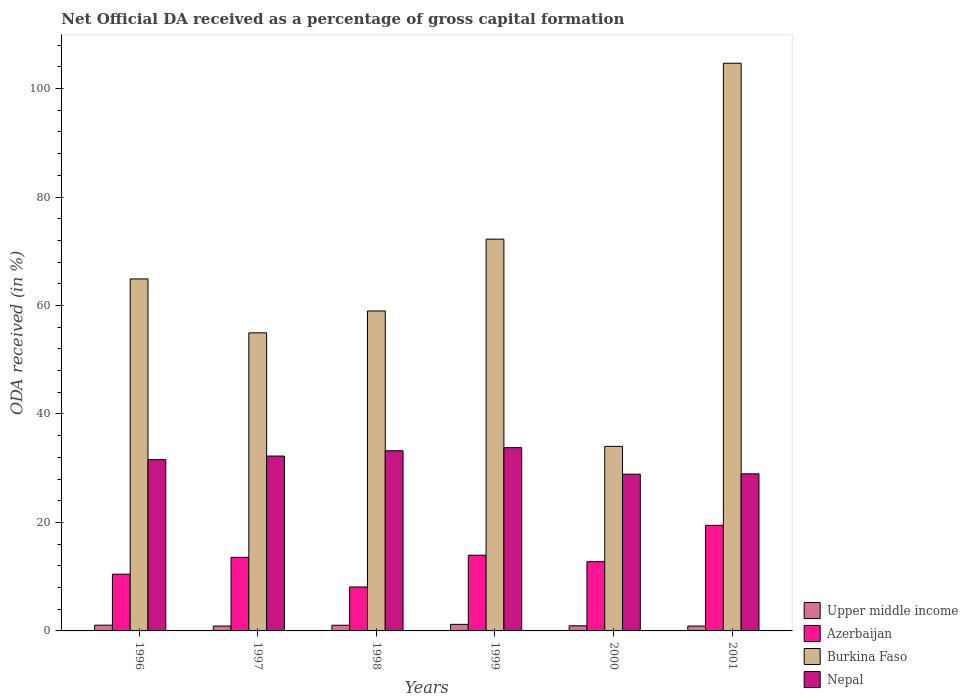
| Years | Upper middle income | Azerbaijan | Burkina Faso | Nepal |
 | --- | --- | --- | --- | --- |
 | 1996 | 1.06 | 10.5 | 64.9 | 31.6 |
 | 1997 | 0.899 | 13.6 | 55 | 32.2 |
 | 1998 | 1.05 | 8.1 | 59 | 33.2 |
 | 1999 | 1.21 | 14 | 72.2 | 33.8 |
 | 2000 | 0.945 | 12.8 | 34 | 28.9 |
 | 2001 | 0.9 | 19.5 | 105 | 29 |